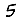
Digit: 5